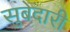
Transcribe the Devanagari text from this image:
सुबेदारी